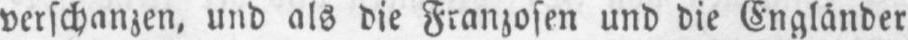
verschanzen, und als die Franzosen und die Engländer